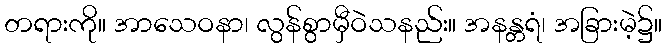
တရားကို။ အာသေဝနာ၊ လွန်စွာမှီဝဲသနည်း။ အနန္တရံ၊ အခြားမဲ့၌။